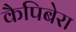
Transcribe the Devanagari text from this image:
कैपिबेरा